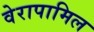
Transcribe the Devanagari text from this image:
वेरापामिल